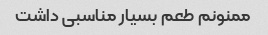
ممنونم طعم بسیار مناسبی داشت